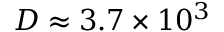
D \approx 3 . 7 \times 1 0 ^ { 3 }